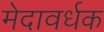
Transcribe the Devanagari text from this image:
मेदावर्धक